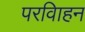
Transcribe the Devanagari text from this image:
परविाहन